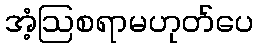
အံ့ဩစရာမဟုတ်ပေ